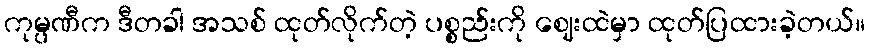
ကုမ္ပဏီက ဒီတခါ အသစ် ထုတ်လိုက်တဲ့ ပစ္စည်းကို ဈေးထဲမှာ ထုတ်ပြထားခဲ့တယ်။